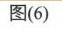
图(6)